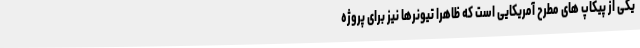
یکی از پیکاپ های مطرح آمریکایی است که ظاهرا تیونرها نیز برای پروژه